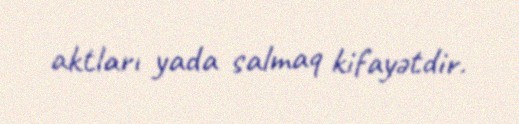
aktları yada salmaq kifayətdir.